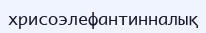
хрисоэлефантинналық